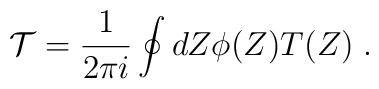
{\cal T}=\frac{1}{2\pi i}\oint dZ \phi(Z) T(Z) \;.